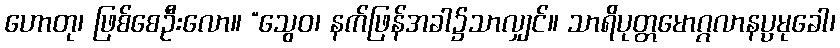
ဟောတု၊ ဖြစ်စေဦးလော။ “သွေဝ၊ နက်ဖြန်အခါ၌သာလျှင်။ သာရိပုတ္တမောဂ္ဂလာနပ္ပမုခေါ၊